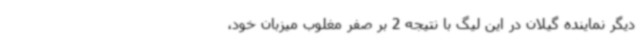
دیگر نماینده گیلان در این لیگ با نتیجه 2 بر صفر مغلوب میزبان خود،